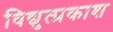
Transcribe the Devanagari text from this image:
विद्युत्प्रकाश